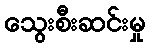
သွေးစီးဆင်းမှု